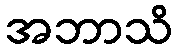
အဘာသိ